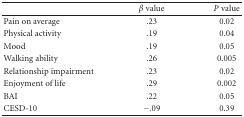
<table><thead><tr><td><b> </b></td><td><b><i>β</i> value</b></td><td><b><i>P</i> value</b></td></tr></thead><tbody><tr><td>Pain on average</td><td>.23</td><td>0.02</td></tr><tr><td>Physical activity</td><td>.19</td><td>0.04</td></tr><tr><td>Mood</td><td>.19</td><td>0.05</td></tr><tr><td>Walking ability</td><td>.26</td><td>0.005</td></tr><tr><td>Relationship impairment</td><td>.23</td><td>0.02</td></tr><tr><td>Enjoyment of life</td><td>.29</td><td>0.002</td></tr><tr><td>BAI</td><td>.22</td><td>0.05</td></tr><tr><td>CESD-10</td><td>−.09</td><td>0.39</td></tr></tbody></table>